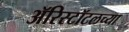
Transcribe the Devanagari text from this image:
ॲरिस्टॉटलच्या